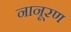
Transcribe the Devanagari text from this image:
नानूरण